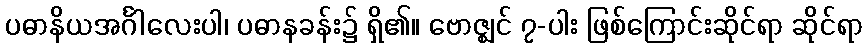
ပဓာနိယအင်္ဂါလေးပါ၊ ပဓာနခန်း၌ ရှိ၏။ ဗောဇ္ဈင် ၇-ပါး ဖြစ်ကြောင်းဆိုင်ရာ ဆိုင်ရာ